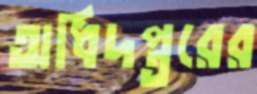
অধিদপ্তরের